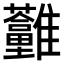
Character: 𩁮